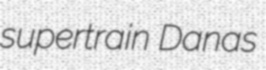
supertrain Danas